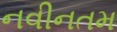
નવીનતમ